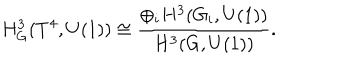
H _ { G } ^ { 3 } ( T ^ { 4 } , U ( 1 ) ) \cong \frac { \oplus _ { i } H ^ { 3 } ( G _ { i } , U ( 1 ) ) } { H ^ { 3 } ( G , U ( 1 ) ) } .